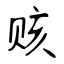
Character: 赅